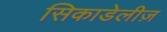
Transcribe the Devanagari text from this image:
सिकाडेलीज़